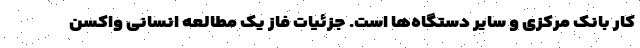
کار بانک مرکزی و سایر دستگاه‌ها است. جزئیات فاز یک مطالعه انسانی واکسن